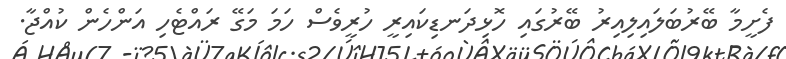
ފެށީމާ ބޭރުބަލައިލިއިރު ބޭރުގައި ހޮޅިދަނޑިކައިރީ ހުރީވެސް ހަމަ މަގޭ ރައްޓެހި އަންހެން ކުއްޖާ.